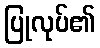
ပြုလုပ်၏